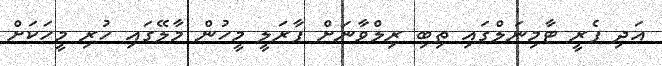
އަދި ފެރީ ޓާމިނަލްގައި ތިބި ރިލްވާނަށް ފާރަލީ މީހުން މާލޭގައި ހުރި މީހަކަށް